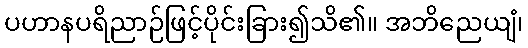
ပဟာနပရိညာဉ်ဖြင့်ပိုင်းခြား၍သိ၏။ အဘိညေယျံ၊